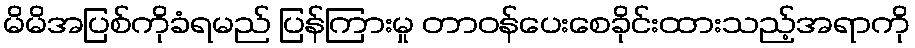
မိမိအပြစ်ကိုခံရမည် ပြန်ကြားမှု တာဝန်ပေးစေခိုင်းထားသည့်အရာကို